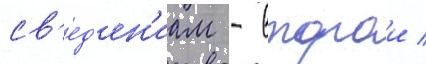
св'ед'ен'иам - второи /